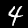
Digit: 4